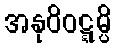
အနုဝိဝဋ္ဋမ္ပိ